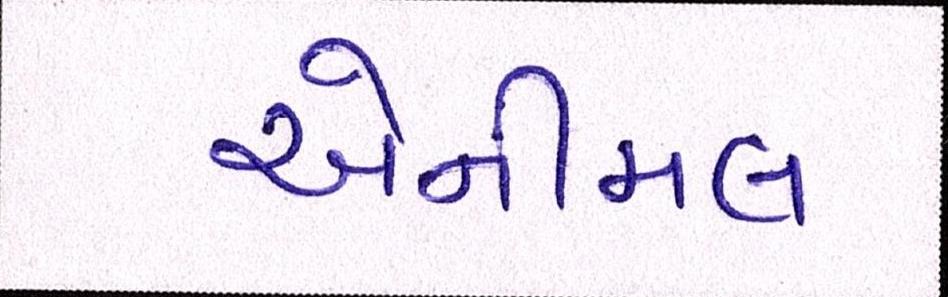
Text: એનીમલ